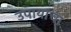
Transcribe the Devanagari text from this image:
उपायाचा